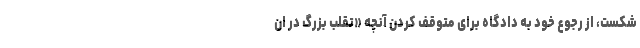
شکست، از رجوع خود به دادگاه برای متوقف کردن آنچه «تقلب بزرگ در ان